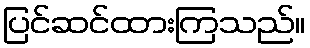
ပြင်ဆင်ထားကြသည်။